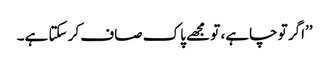
’’اگر تو چاہے، تو مجھے پاک صاف کر سکتا ہے۔